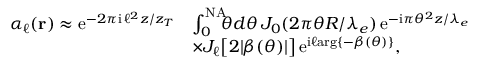
\begin{array} { r l } { \alpha _ { \ell } ( { \bf r } ) \approx \mathrm { e } ^ { - 2 \pi \mathrm { i } \, \ell ^ { 2 } z / z _ { T } } } & { \int _ { 0 } ^ { \mathrm { N A } } \! \! \! \theta d \theta \, J _ { 0 } ( 2 \pi \theta R / \lambda _ { e } ) \, \mathrm { e } ^ { - \mathrm { i } \pi \theta ^ { 2 } z / \lambda _ { e } } } \\ & { \times J _ { \ell } \big [ 2 | \beta ( \theta ) | \big ] \, \mathrm { e } ^ { \mathrm { i } \ell \mathrm { a r g } \{ - \beta ( \theta ) \} } , } \end{array}